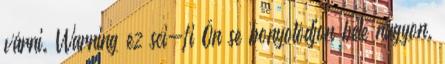
várni. Warning ez sci-fi Ön se bonyolódjon bele nagyon.